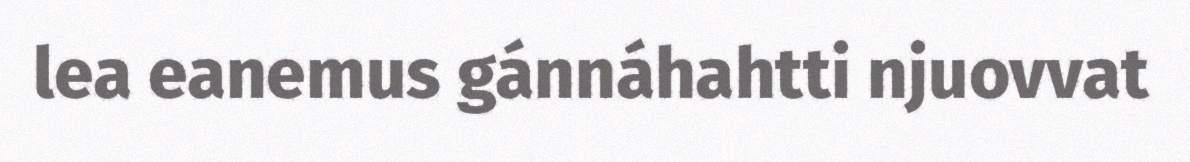
lea eanemus gánnáhahtti njuovvat